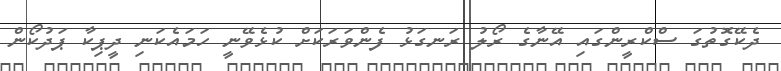
ދެކޭގޮތުގަ ސްކްރީންގައި އޭނާގެ ރޯލު ރަނގަޅު ފެންވަރަކަށް ކުޅެވޭނީ ހަމައެކަނި ދީޕިކާ ޕަދުކޯން